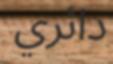
دائري